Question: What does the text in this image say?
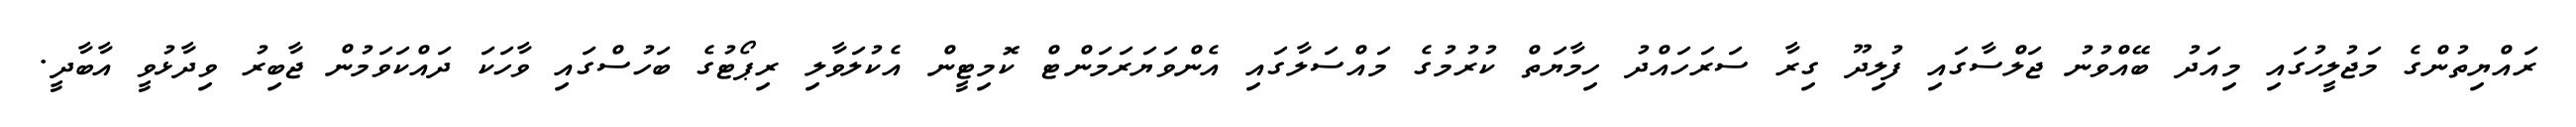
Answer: ރައްޔިތުންގެ މަޖުލީހުގައި މިއަދު ބޭއްވުނު ޖަލްސާގައި ފުލިދޫ ގިރާ ސަރަހައްދު ހިމާޔަތް ކުރުމުގެ މައްސަލާގައި އެންވަޔަރަމަންޓް ކޮމިޓީން އެކުލަވާލި ރިޕޯޓުގެ ބަހުސްގައި ވާހަކަ ދައްކަވަމުން ޖާބިރު ވިދާޅުވީ އާބާދީ.